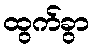
ထွက်ခွာ